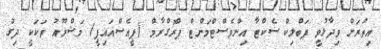
އިތުރަށް ވިދާޅުވީ ޕަބްލިކް ސެކްޓާ އިންވެސްޓްމަންޓް ޕްރޮގްރާމް (ޕީއެސްއައިޕީ) މަޝްރޫއު ތަކަކީ ދިގު